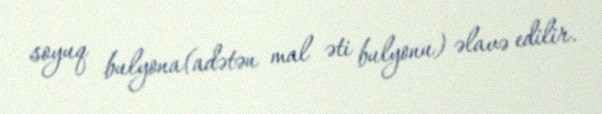
soyuq bulyona(adətən mal əti bulyonu) əlavə edilir.